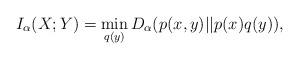
LaTeX: \begin{align*}I_{\alpha}(X;Y)=\min_{q(y)} D_{\alpha}(p(x,y)||p(x)q(y)),\end{align*}